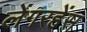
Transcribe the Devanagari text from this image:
लेंगरहेंस